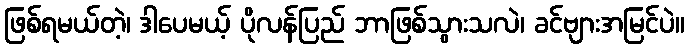
ဖြစ်ရမယ်တဲ့၊ ဒါပေမယ့် ပိုလန်ပြည် ဘာဖြစ်သွားသလဲ၊ ခင်ဗျားအမြင်ပဲ။